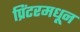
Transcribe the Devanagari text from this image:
प्रिंटरमधून